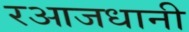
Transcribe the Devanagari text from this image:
रआजधानी